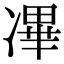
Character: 㓖